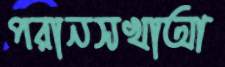
পরানসখাআ